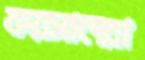
ফয়সালরা